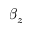
\beta _ { z }